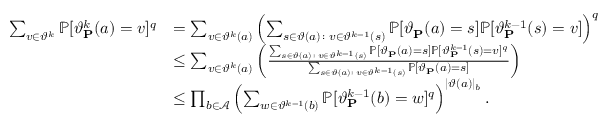
\begin{array} { r l } { \sum _ { v \in \vartheta ^ { k } } \mathbb { P } [ \vartheta _ { \mathbf { P } } ^ { k } ( a ) = v ] ^ { q } } & { = \sum _ { v \in \vartheta ^ { k } ( a ) } \left( \sum _ { s \in \vartheta ( a ) \colon v \in \vartheta ^ { k - 1 } ( s ) } \mathbb { P } [ \vartheta _ { \mathbf { P } } ( a ) = s ] \mathbb { P } [ \vartheta _ { \mathbf { P } } ^ { k - 1 } ( s ) = v ] \right) ^ { q } } \\ & { \leq \sum _ { v \in \vartheta ^ { k } ( a ) } \left( \frac { \sum _ { s \in \vartheta ( a ) \colon v \in \vartheta ^ { k - 1 } ( s ) } \mathbb { P } [ \vartheta _ { \mathbf { P } } ( a ) = s ] \mathbb { P } [ \vartheta _ { \mathbf { P } } ^ { k - 1 } ( s ) = v ] ^ { q } } { \sum _ { s \in \vartheta ( a ) \colon v \in \vartheta ^ { k - 1 } ( s ) } \mathbb { P } [ \vartheta _ { \mathbf { P } } ( a ) = s ] } \right) } \\ & { \leq \prod _ { b \in \mathcal { A } } \left( \sum _ { w \in \vartheta ^ { k - 1 } ( b ) } \mathbb { P } [ \vartheta _ { \mathbf { P } } ^ { k - 1 } ( b ) = w ] ^ { q } \right) ^ { \lvert \vartheta ( a ) \rvert _ { b } } \mathrm { . } } \end{array}